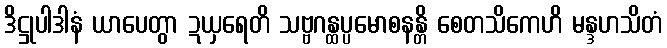
ဒိဋ္ဌုပါဒါနံ ယာပေတွာ ဍယှရေတိ သဗ္ဗဂန္ထပ္ပမောစနန္တိ စေတသိကေဟိ မန္ဒဟသိတံ